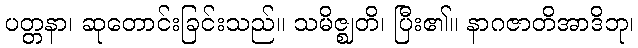
ပတ္တနာ၊ ဆုတောင်းခြင်းသည်။ သမိဇ္ဈတိ၊ ပြီး၏။ နာဂဇာတိအာဒိဘု၊